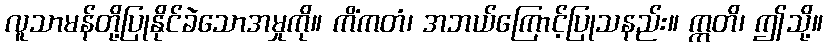
လူသာမန်တို့ပြုနိုင်ခဲသောအမှုကို။ ကိံကတံ၊ အဘယ်ကြောင့်ပြုသနည်း။ ဣတိ၊ ဤသို့။